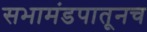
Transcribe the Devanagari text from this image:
सभामंडपातूनच